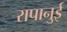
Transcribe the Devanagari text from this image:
रापानुई